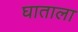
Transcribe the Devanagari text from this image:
घाताला